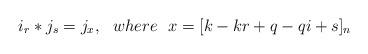
LaTeX: \begin{align*}i_r*j_s=j_x, \ \ {where} \ \ x=[k-kr+q-qi+s]_n \end{align*}